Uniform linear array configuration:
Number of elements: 16
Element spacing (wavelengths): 0.5
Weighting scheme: uniform
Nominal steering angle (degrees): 0
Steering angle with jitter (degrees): -1.09
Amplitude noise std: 0.05
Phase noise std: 0.05

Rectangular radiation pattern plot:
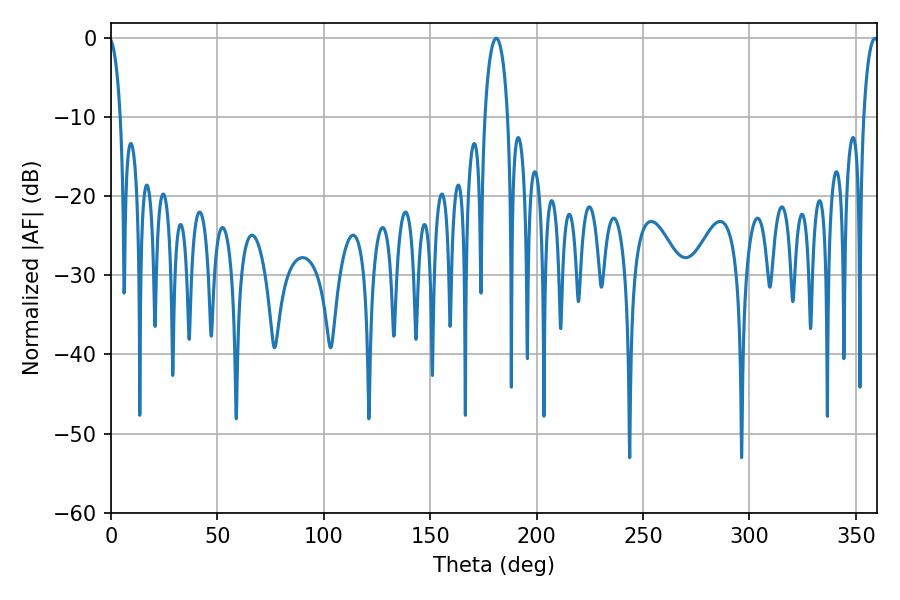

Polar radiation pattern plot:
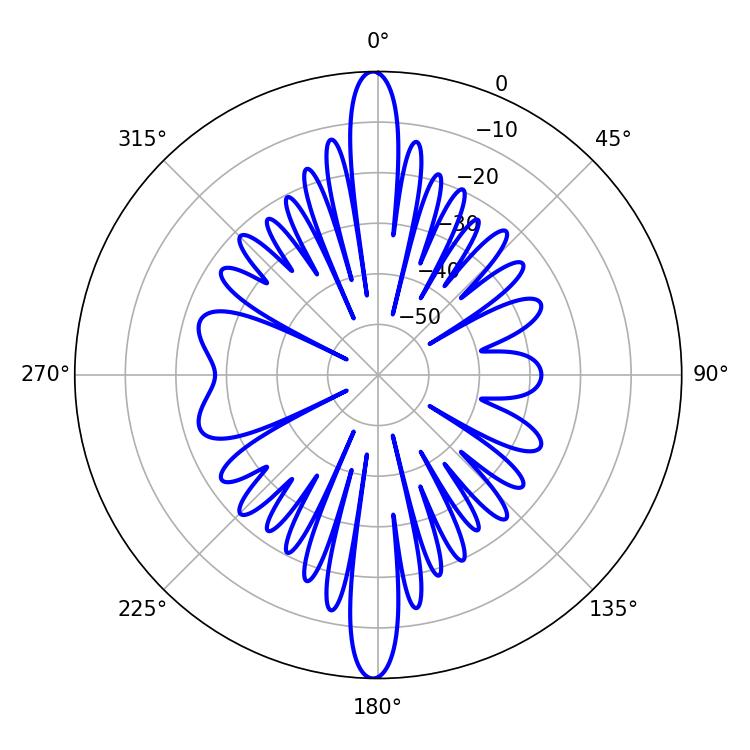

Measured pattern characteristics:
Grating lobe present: FALSE
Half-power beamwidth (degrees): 6.3
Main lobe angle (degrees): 181.08